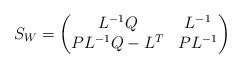
\begin{align*}S_{W}=\begin{pmatrix}L^{-1}Q & L^{-1}\\PL^{-1}Q-L^{T} & PL^{-1}\end{pmatrix} \end{align*}